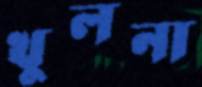
খুলনা